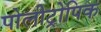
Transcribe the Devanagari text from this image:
पोलीट्रोपिक